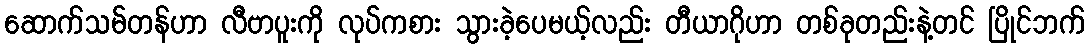
ဆောက်သမ်တန်ဟာ လီဗာပူးကို လုပ်ကစား သွားခဲ့ပေမယ့်လည်း တီယာဂိုဟာ တစ်ခုတည်းနဲ့တင် ပြိုင်ဘက်